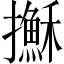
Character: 𢸫